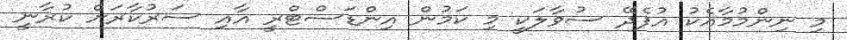
މި ނިންމުމާއެކު އުފެދޭ ސުވާލަކީ މި ކަމުން އިންޑަސްޓްރީ އާއި ސަރުކާރަށް ކުރާނީ